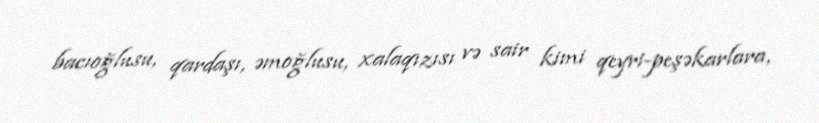
bacıoğlusu, qardaşı, əmoğlusu, xalaqızısı və sair kimi qeyri-peşəkarlara,